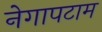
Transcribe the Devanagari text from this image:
नेगापटाम